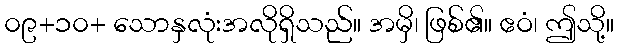
၀၉+၁၀+ သောနှလုံးအလိုရှိသည်။ အမှိ၊ ဖြစ်၏။ ဧဝံ၊ ဤသို့။